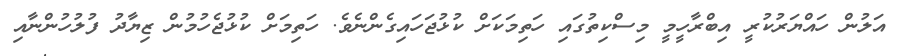
އަލުން ހައްޔަރުކުރީ އިބްރާހީމީ މިސްކިތުގައި ހަތިމަކަށް ކުޅުޖަހައިގެންނެވެ. ހަތިމަށް ކުޅުޖެހުމުން ޒިޔާދު ފުލުހުންނާއި